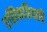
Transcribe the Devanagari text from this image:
रसिकप्रियादि